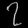
Digit: ၇